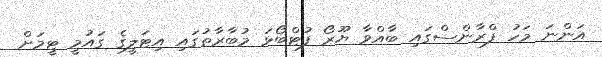
އަންނަ މަހު ފްރާންސްގައި ބާއްވާ ޔޫރޯ ފުޓްބޯޅަ މުބާރާތުގައި އިޓަލީގެ ގައުމީ ޓީމަށް